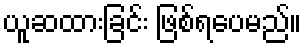
ယူဆထားခြင်း ဖြစ်ရပေမည်။